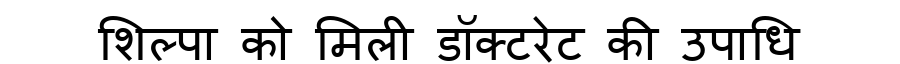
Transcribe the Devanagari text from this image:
शिल्पा को मिली डॉक्टरेट की उपाधि